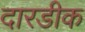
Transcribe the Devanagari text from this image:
दारडीक